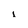
Character: L